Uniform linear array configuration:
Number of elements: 32
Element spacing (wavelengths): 0.75
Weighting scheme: kaiser
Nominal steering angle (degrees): -45
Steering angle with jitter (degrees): -43.888
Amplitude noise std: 0.05
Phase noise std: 0.05

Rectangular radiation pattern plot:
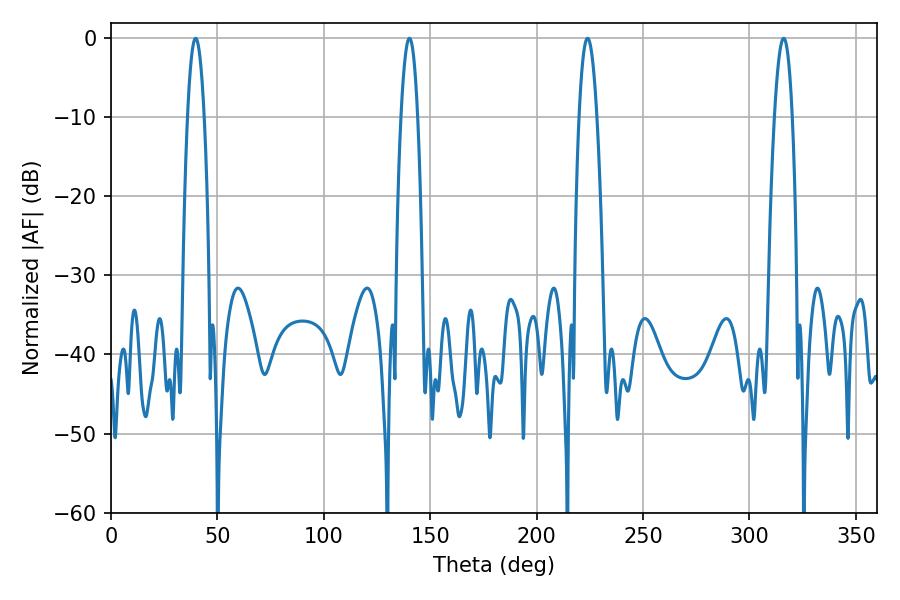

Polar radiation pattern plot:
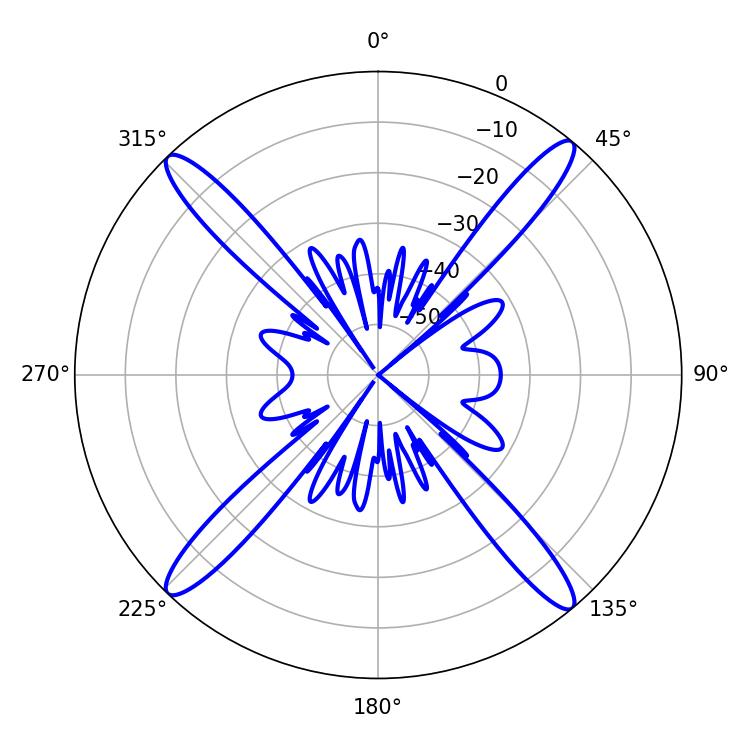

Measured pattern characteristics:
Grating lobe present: TRUE
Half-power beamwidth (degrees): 4.5
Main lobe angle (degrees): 223.92